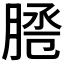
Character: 𦜕